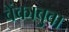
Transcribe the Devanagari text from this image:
वेंकाबुवा